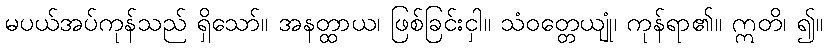
မပယ်အပ်ကုန်သည် ရှိသော်။ အနတ္ထာယ၊ ဖြစ်ခြင်းငှါ။ သံဝတ္တေယျုံ၊ ကုန်ရာ၏။ ဣတိ၊ ၍။